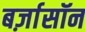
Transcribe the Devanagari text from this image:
बर्ज़ासॉन